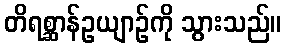
တိရစ္ဆာန်ဥယျာဉ်ကို သွားသည်။